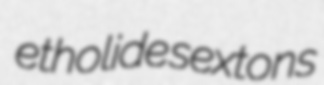
etholide sextons